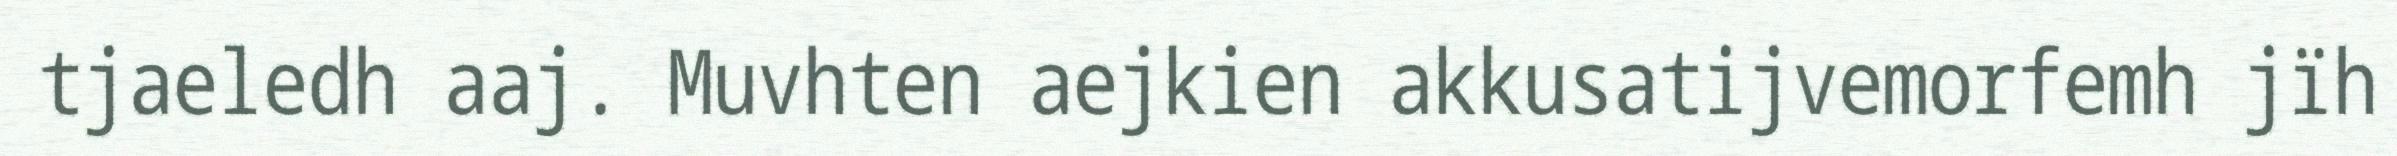
tjaeledh aaj. Muvhten aejkien akkusatijvemorfemh jïh